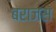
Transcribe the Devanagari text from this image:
बराजस